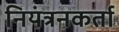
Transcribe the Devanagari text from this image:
नियंत्रनकर्ता